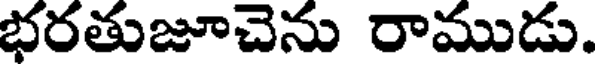
భరతుజూచెను రాముడు.